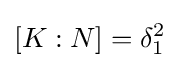
[K:N]=\delta _{1}^{2}